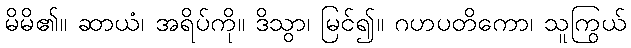
မိမိ၏။ ဆာယံ၊ အရိပ်ကို။ ဒိသွာ၊ မြင်၍။ ဂဟပတိကော၊ သူကြွယ်